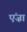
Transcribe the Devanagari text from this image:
एंज़ा